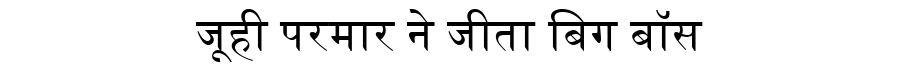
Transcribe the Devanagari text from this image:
जूही परमार ने जीता बिग बॉस